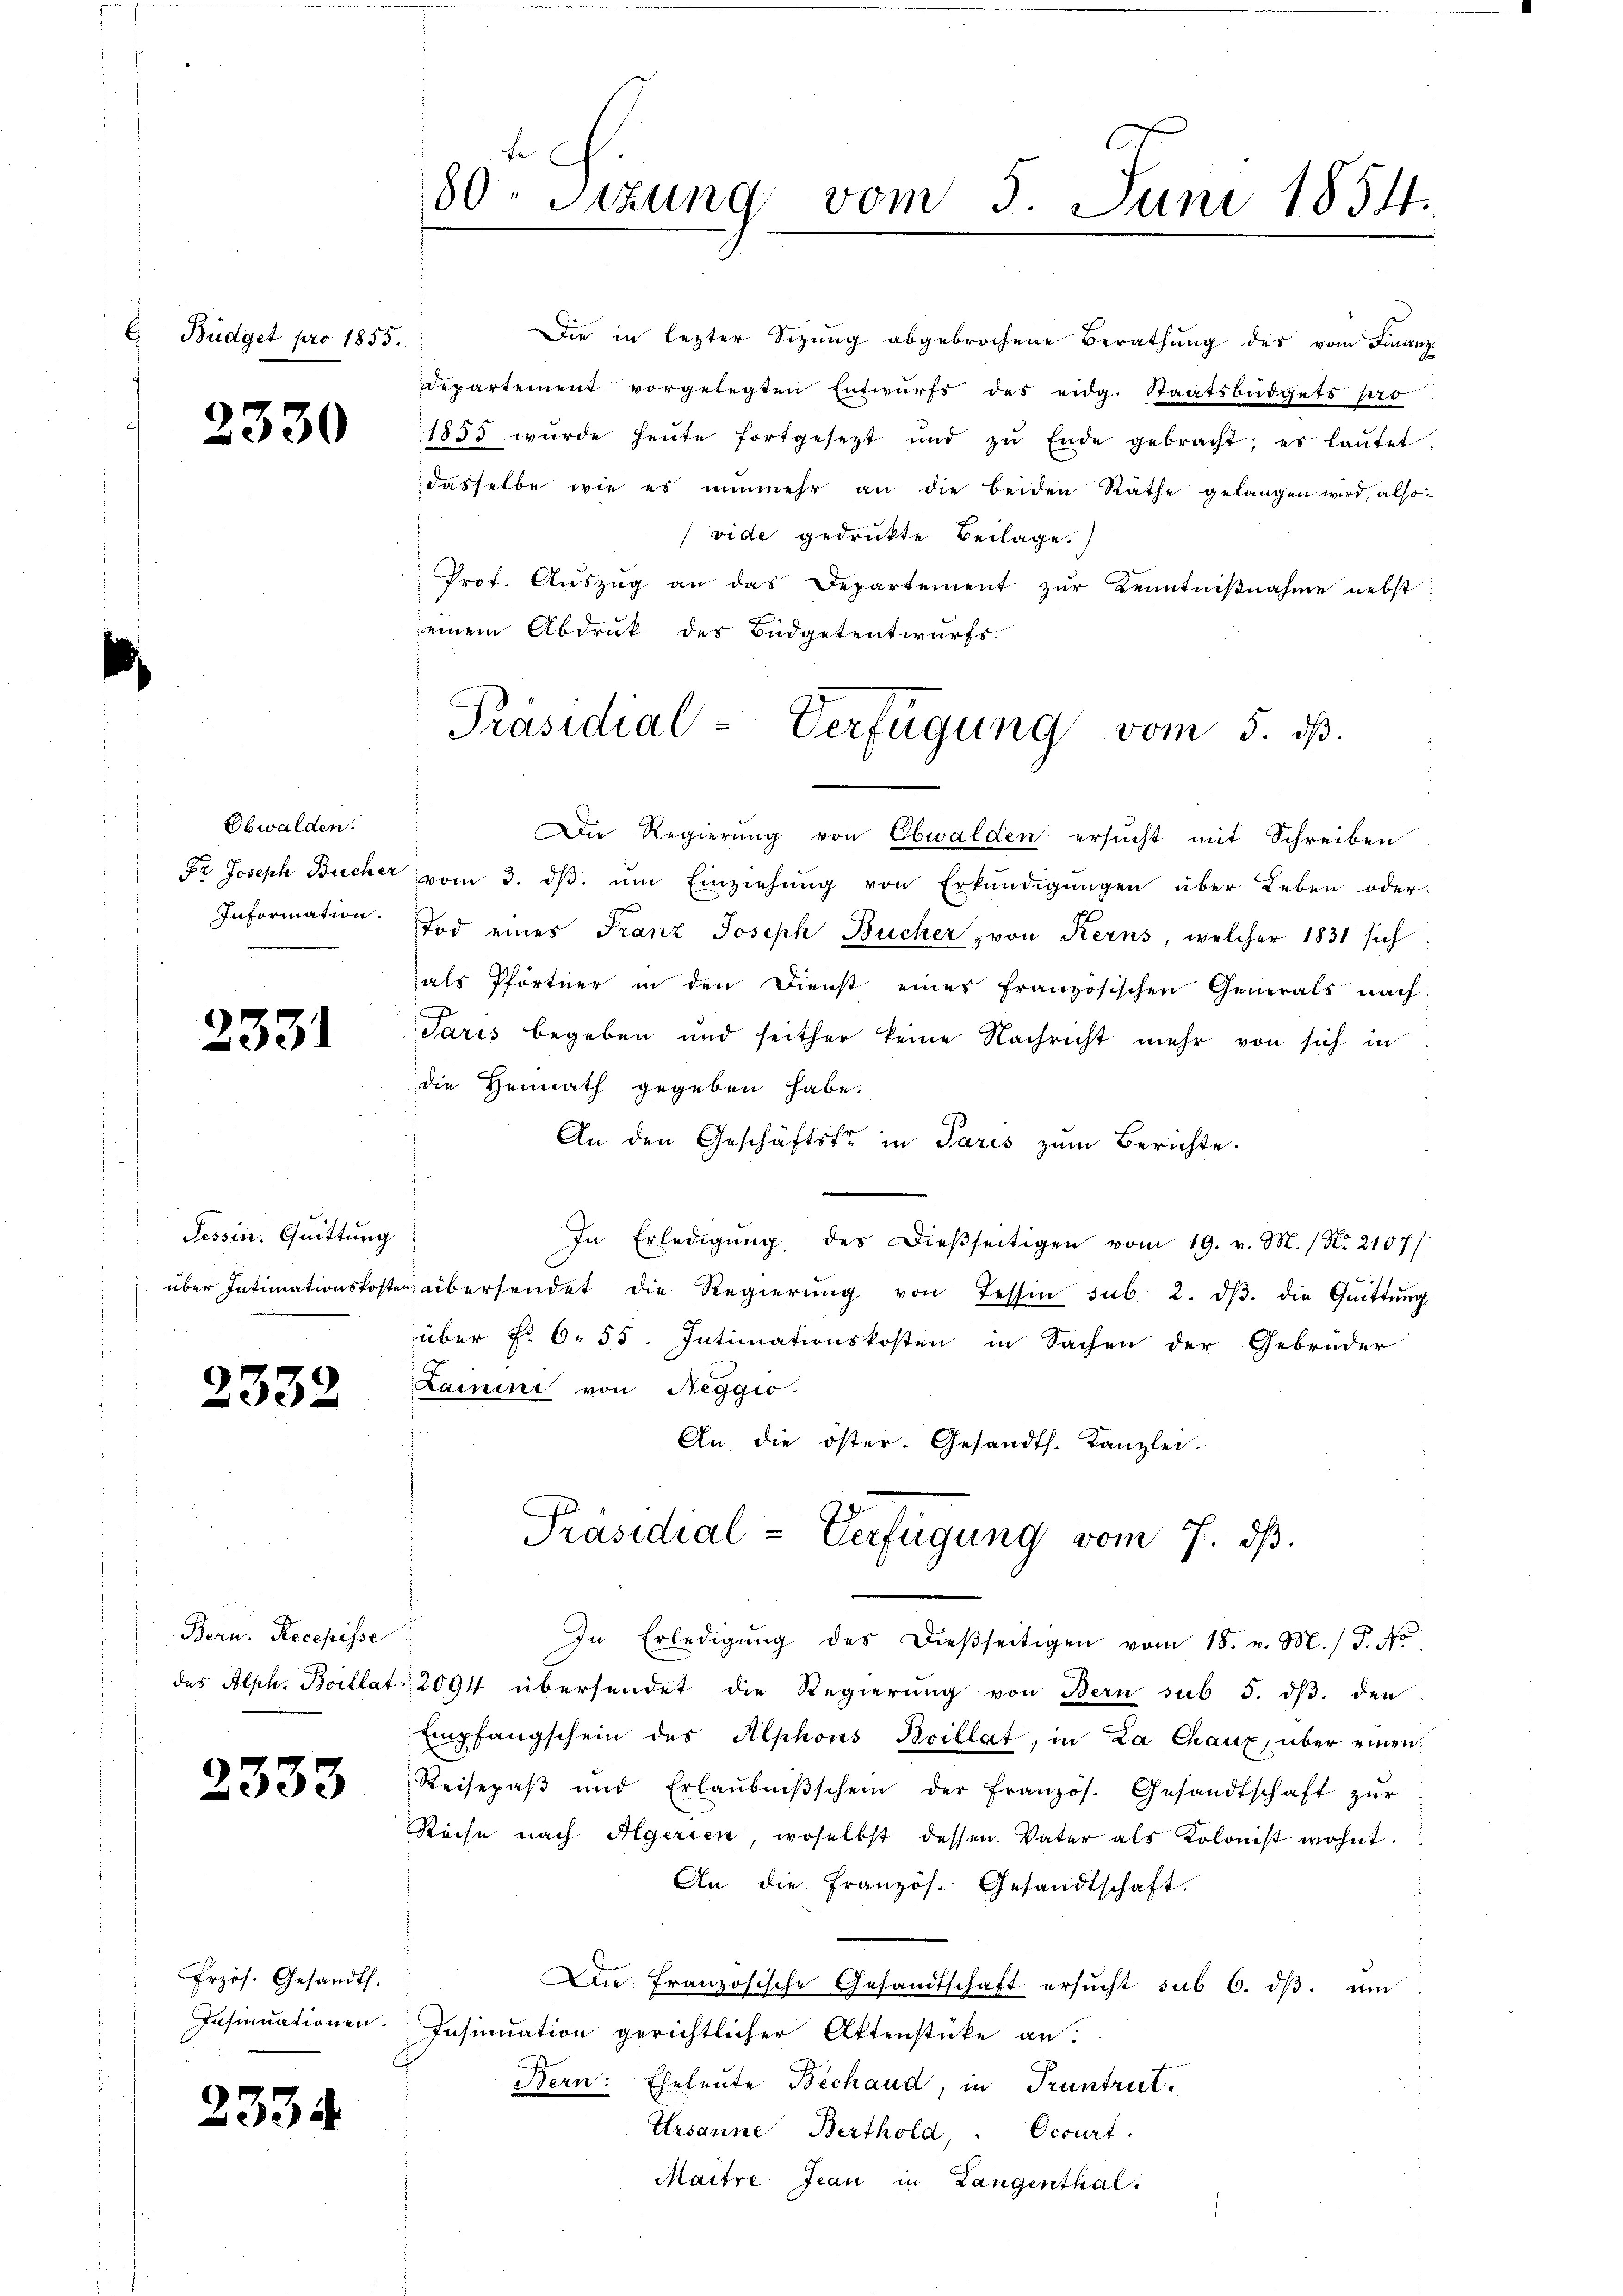
E Büdget pro 1855.

2330

Obwalden.
Dr. Joseph Bucher
Information.

2331

Tessin. Quittung
über Intimationskosten

2332

Bern. Recepisse
das Alph. Boillat

2333

Przös. Gesandts.
Insinuationen.

2334

Die in lezter Sitzung abgebrochene Berathung des vom Finanzdepartement vorgelegten Entwurfs des eidg. Staatsbüdgets pro
1855 wurde heute fortgesetzt und zŭ Ende gebracht; es laŭtet:
dasselbe wie es nunmehr an die beiden Räthe gelangen wird, also
vide gedrukte Beilage.
Prof. Auszug an das Departement zur Kenntnißnahme nebst
einem Abdruck des Büdgetentwurfs-

te
80. Sitzung vom 5. Juni 1854.

Präsidial-Verfügung vom 5. dß.

Die Regierung von Obwalden ersucht mit Schreiben
vom 3. dβ. ŭm Einziehŭng von Erkŭndigŭngen über Leben oder
Tod eines Franz Joseph Bücher, von Kerns, welcher 1831 sich
als Pförtner in den Dienst eines französischen Generals nach
Paris begeben und seither keine Nachricht mehr von sich in
die Heimath gegeben habe.
An den Geschäftste in Paris zum Berichte.
In Erledigŭng des Dieβseitigen vom 19. v. M. / No. 2107/
übersendet die Regierŭng von Tessin sub. 2. dβ. die Quittŭng
über §. 6. 55. Intimationskosten in Sachen der Gebrüder
Lamini von Neggio.
An die öster. Gesandts. Kanzlei.
Präsidial-Verfügung vom 7. dβ.
In Erledigŭng des dieβseitigen vom 18. v. M. J. No
2094 übersendet die Regierŭng von Bern sub 5. dβ. den
Empfangschein des Alphons Brillat, in La Chaux, über einen
Reisepaβ ŭnd Erlaŭbniβschein der Französ. Gesandtschaft zŭr
Reise nach Algerien, woselbst dessen Vater als Kolonist wohnt.
An die Französ. Gesandtschaft.
Die französische Gesandtschaft ersŭcht sub 6. dβ. ŭm
Insinuation gerichtlicher Aktenstücke an.
Bern: Eheleute Bechaud, in Truntrut.
Ursanne, Berthold, Ocourt.
Maitre Jean in Langenthal